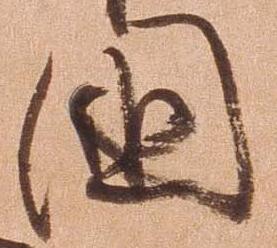
国